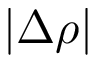
| \Delta \rho |